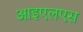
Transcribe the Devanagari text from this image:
आइएलएस